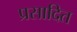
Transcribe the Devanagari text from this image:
प्रसादित